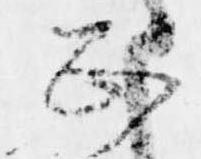
正